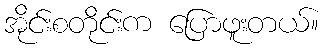
အိုင်းစတိုင်းက ပြောဖူးတယ်။